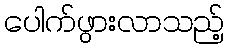
ပေါက်ဖွားလာသည့်